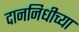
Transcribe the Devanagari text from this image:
दाननिधीच्या